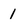
Character: 1